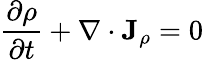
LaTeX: {\frac{\partial\rho}{\partial t}}+\nabla\cdot\mathbf{J}_{\rho}=0